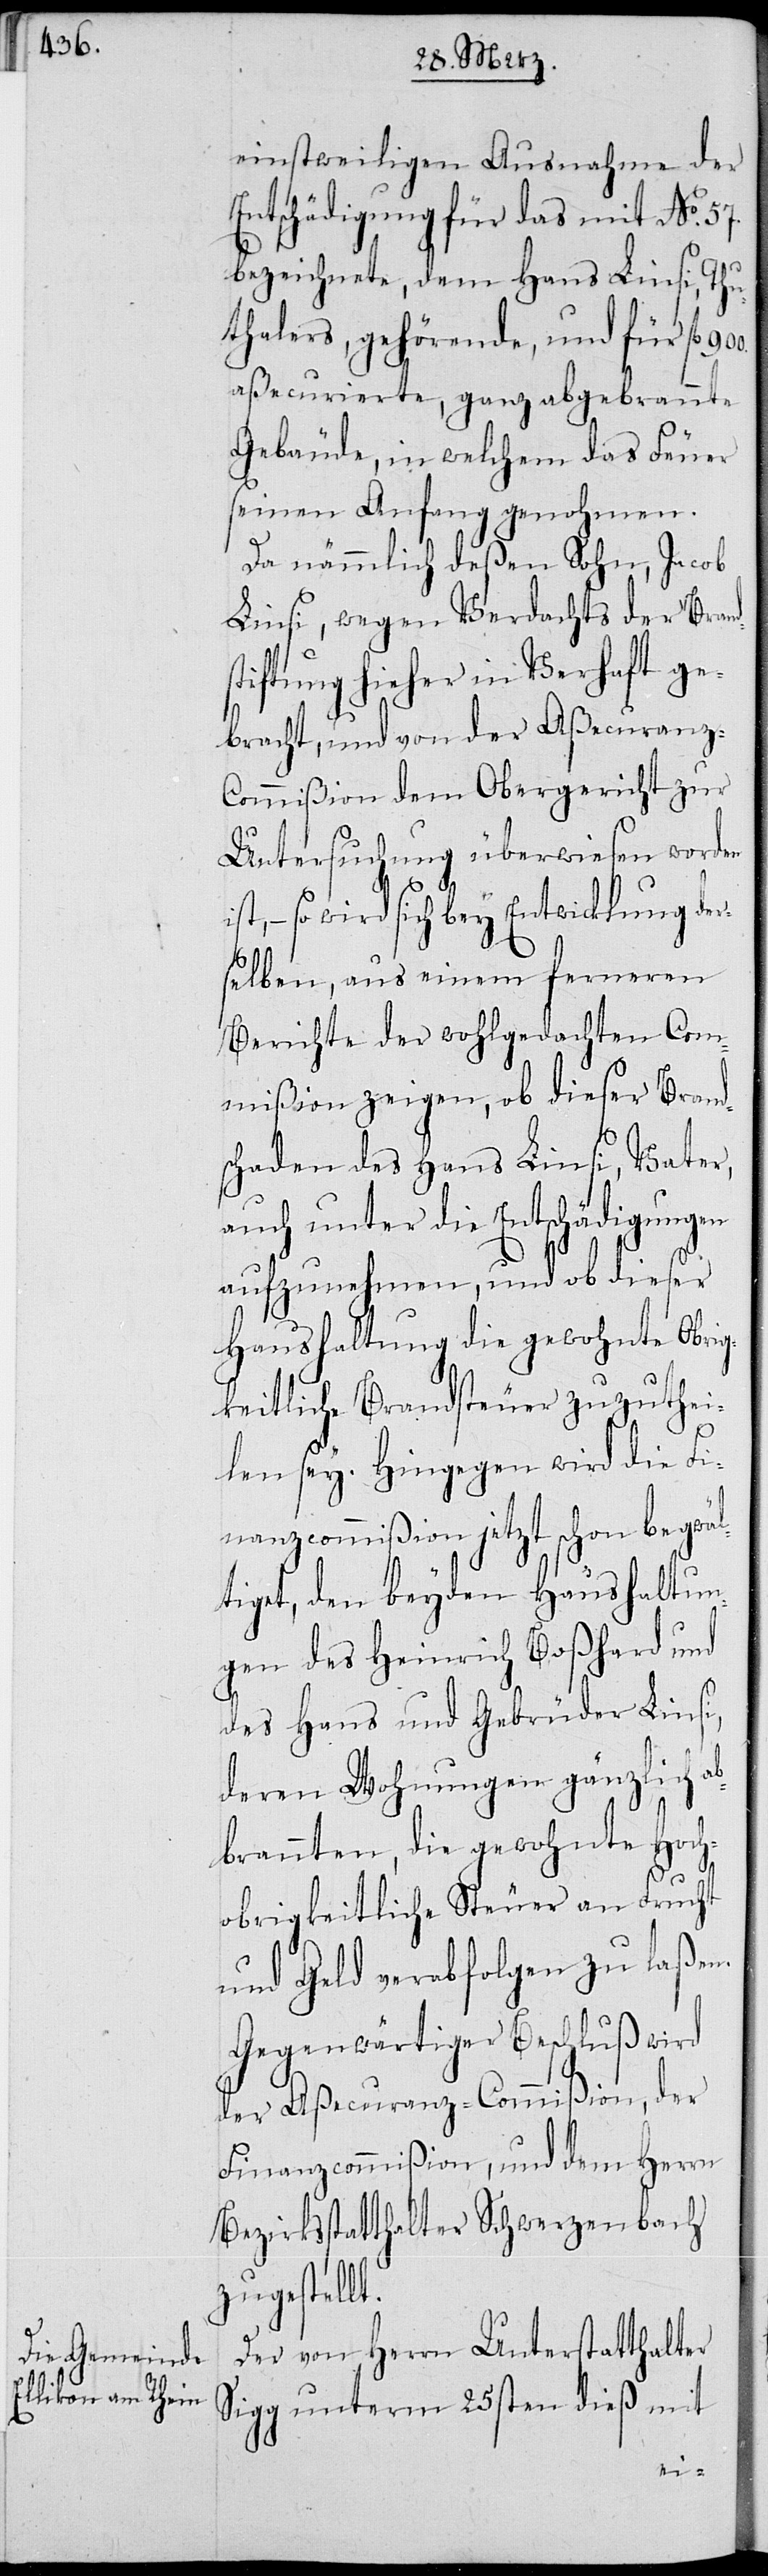
einstweiligen Ausnahme der
Entschädigung für das mit No.
bezeichnete, dem Hans Linsi, Thu¬
thalers, gehörende, und für fl.
aßecurierte, ganz abgebrannte
Gebäude, in welchem das Feuer
seinen Anfang genohmen.
Da nämmlich deßen Sohn, Jacob
Linsi, wegen Verdachts auf Brand¬
stiftung hieher in Verhaft ge¬
bracht, und von der Aßecuranz-C¬
ommißion dem Obergericht zur
Untersuchung übergeben worden
st, – so wird sich bey Entwicklung der¬
selben, aus einem ferneren
Bericht der wohlgedachten Com¬
mißion zeigen, ob dieser Brands¬
chaden des Hans Linsi, Vater,
auch unter die Entschädigungen
aufzunehmen, und ob dieser
Haushaltung die gewohnte Obri¬
gkeitliche Brandsteuer zuzuthei¬
len sey. Hingegen wird die Fi¬
nanzcommißion jetzt schon begwäl¬
tiget, den beyden Haushaltun¬
gen des Heinrich Boßhard und
des Hans und Gebrüder Linsi,
deren Wohnungen gänzlich ab¬
brannten, die gewohnte Hoch¬
57.
obrigkeitliche Steuer an Frucht
und Geld verabfolgen zu laßen.
Gegenwärtiger Beschluß wird
der Aßecuranz-Commißion, der
Finanzcommißion, und dem Herrn
Bezirksstatthalter Schwerzenbach
zugestellt.
Der von Herrn Unterstatthalter
Sigg unterm 25sten dieß mit
i¬